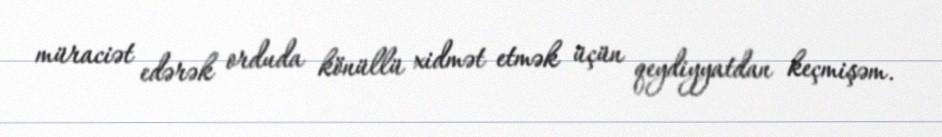
müraciət edərək orduda könüllü xidmət etmək üçün qeydiyyatdan keçmişəm.